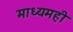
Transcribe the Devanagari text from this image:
माध्यमही